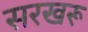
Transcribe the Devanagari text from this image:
सरखरू